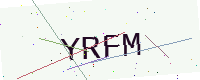
Text: YRFM